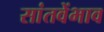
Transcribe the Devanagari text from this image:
सांतवेंभाव